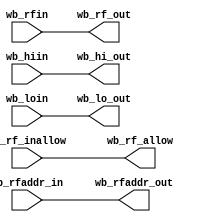
`timescale 1ns / 1ps
module Writeback(
    input [4:0]wb_rfaddr_in,
    input [31:0]wb_rfin,
    input wb_rf_inallow,
    input [31:0]wb_hiin,
    input [31:0]wb_loin,
    output [4:0]wb_rfaddr_out,
    output [31:0]wb_rf_out,
    output wb_rf_allow,
    output [31:0]wb_hi_out,
    output [31:0]wb_lo_out
    );
    assign wb_rfaddr_out = wb_rfaddr_in;                    
    assign wb_rf_out = wb_rfin;          
    assign wb_rf_allow = wb_rf_inallow;
    assign wb_hi_out = wb_hiin;
    assign wb_lo_out = wb_loin;
endmodule